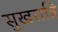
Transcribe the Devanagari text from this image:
सुखरात्रि